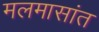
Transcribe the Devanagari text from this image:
मलमासांत